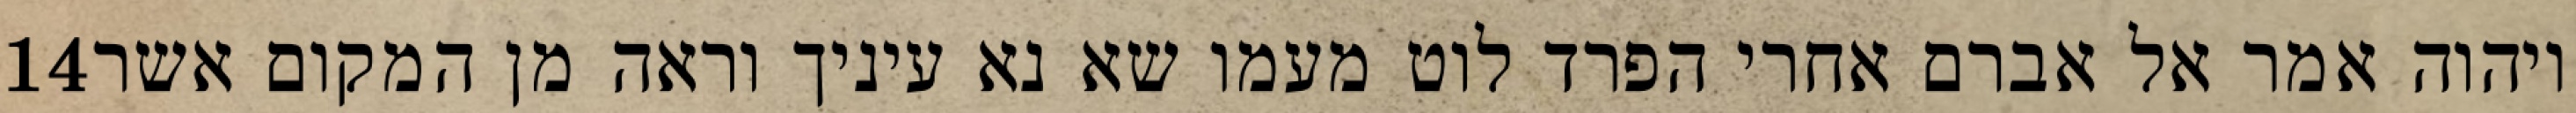
‎14‏ ויהוה אמר אל אברם אחרי הפרד לוט מעמו שא נא עיניך וראה מן המקום אשר